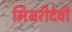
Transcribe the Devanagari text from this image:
मिसरीदेवी